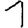
Digit: 1